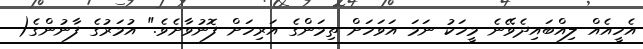
އެހީއެއް ލިއްބައިދެވޭނެ މީހަކު ނަމަ އަވަހަށް ތިމަންގެ އަރިހަށް ފޮނުވާށެވެ." އުމަރުގެ ފާނުންގެ(